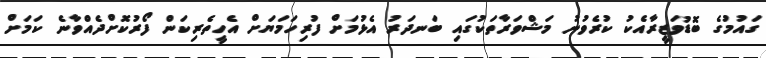
ގައުމުގެ ބޮޑުވަޒީރާއެކު ކުރެވުނު މަޝްވަރާތަކުގައި ބަނދަރު އެޅުމަށް ފުރިހަމަޔަށް އެހީތެރިކަން ފޯރުކޮށްދެއްވާނެ ކަމަށް